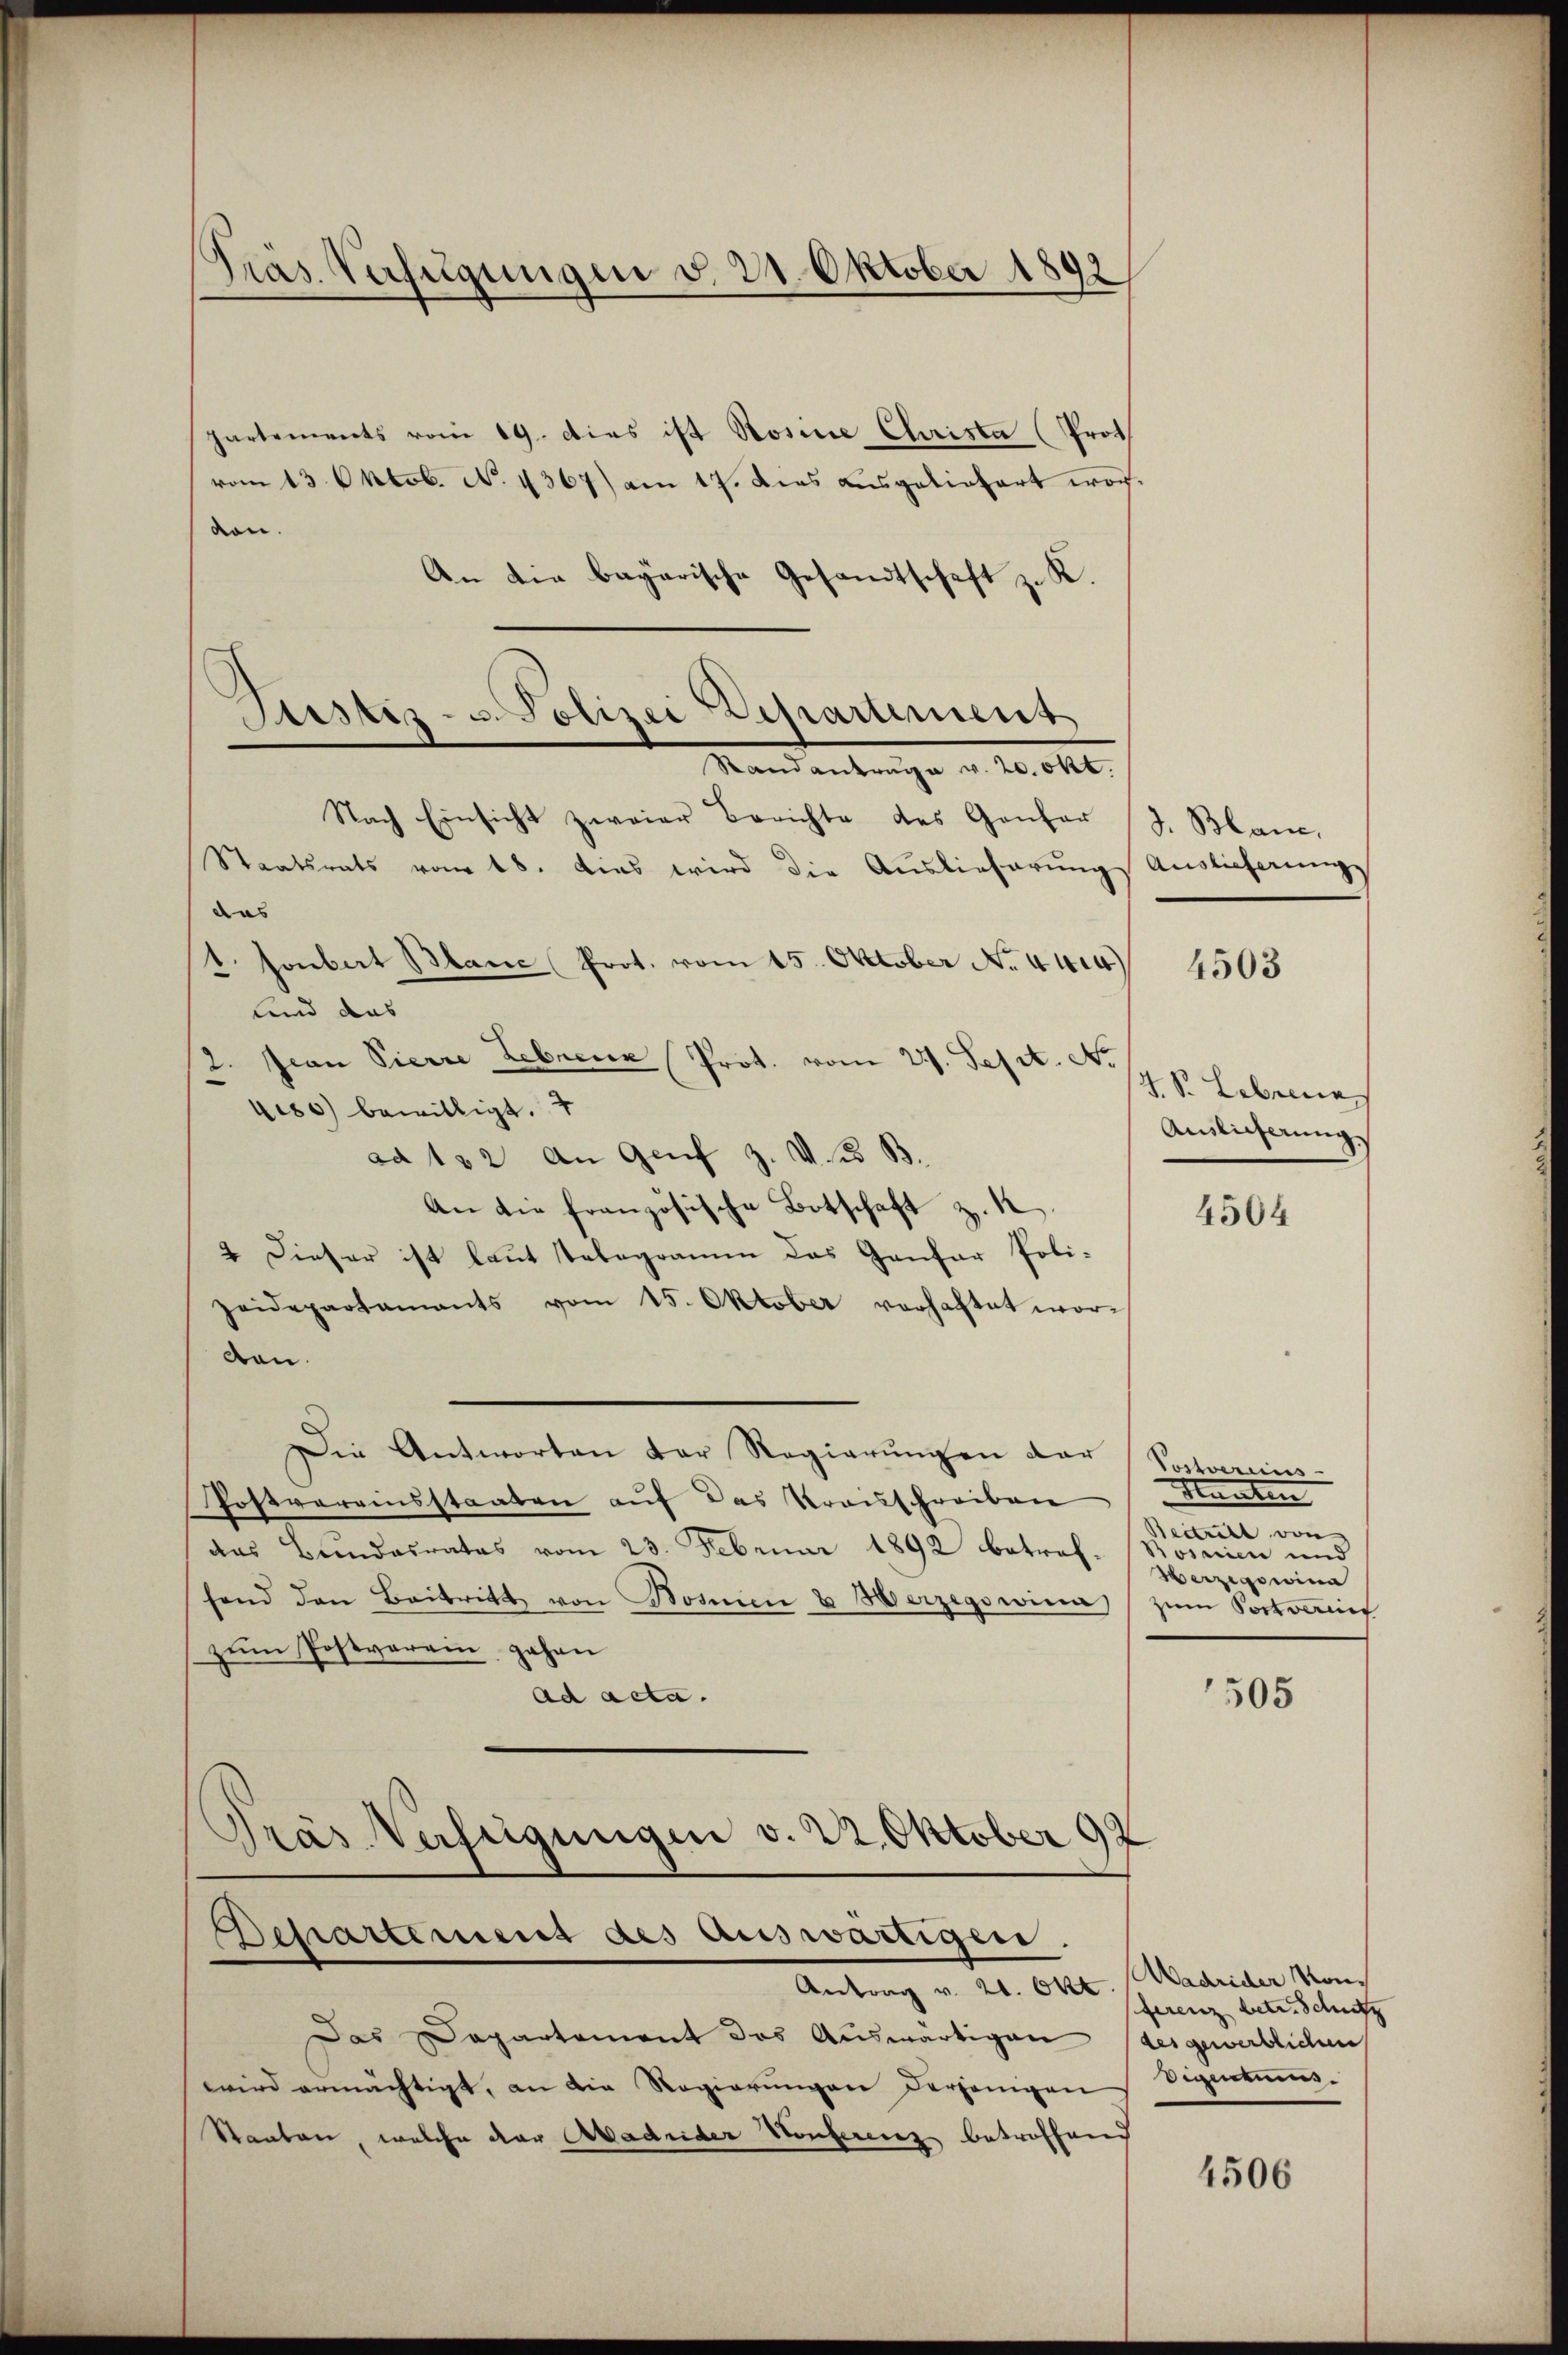
Präs. Verfügungen v. 21. Oktober 1898

partements vom 19. Dies ist Rosine Christa (Prot
vom 13. Oktob. No. 4367) am 17. Dies ausgeliefert woch.
don.
An die bayarische Gesandtschaft z. K.
Staatsrats vom 18. Dies wird die Auslieferungs Auslieferung
das
1. sonbart Blanc Prot. vom 15. Oktober No. 444
lind das
sian Pierre Lebene Prot. vom 21. Sept. No
480 bewilligt. 4
ad 122 an Genf z. V. B. B.
An die französische Botschaft z. 1
4 Dieser ist laut Telegramm das Ganfar Poli-
zeidepartamants vom 15. Oktober vorhaftet wordten.
Die Antworten der Regierungen dar
Postvereinsstaaten auf das Krauschreiben
das Bundesrates vom 23. Februar 1892 betref-Bosicien und
fend den Beitritt von Normen & Herzegowina
zŭm Postverein, gehan
ad acta.
Präs. Verfügungen v. 22. Oktober 92
Departement des auswärtigen.
Antrag v. 21. Okt. Madrider von
Das Departement das Auswärtigen des gewerblichen
wird ermächtigt, an die Regierungen derjenigen
Staaten, welche der Madrider Konferenz betroffend

Justiz- u. Polizei Departement
Standantrage v. 20. Okt.
Nach Einsicht zweier Berichte des Gantar

d. Blanc,

4503

4 S. Lebene
Anlicherung

4504

Postvereins
Manten
Beitritt von
Herzegowina
zum Portvereit

505

ferenz betr. Schutz
Eigentums.

4506